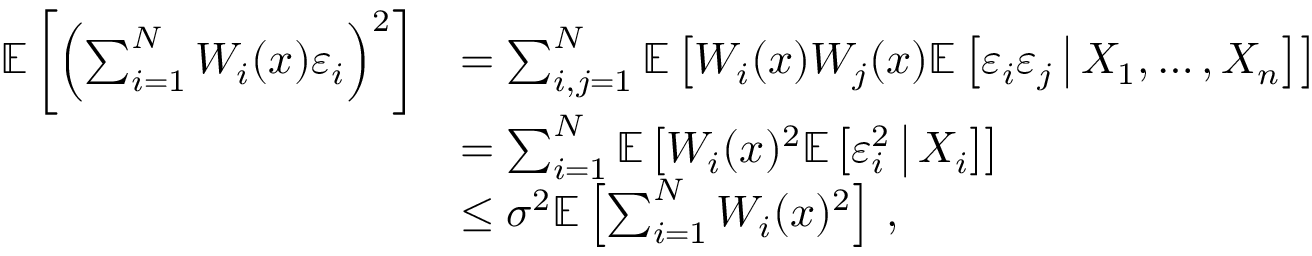
\begin{array} { r l } { \mathbb E \left[ \left( \sum _ { i = 1 } ^ { N } W _ { i } ( x ) \varepsilon _ { i } \right) ^ { 2 } \right] } & { = \sum _ { i , j = 1 } ^ { N } \mathbb E \left[ W _ { i } ( x ) W _ { j } ( x ) \mathbb E \left[ \varepsilon _ { i } \varepsilon _ { j } \, \big | \, X _ { 1 } , \dots , X _ { n } \right] \right] } \\ & { = \sum _ { i = 1 } ^ { N } \mathbb E \left[ W _ { i } ( x ) ^ { 2 } \mathbb E \left[ \varepsilon _ { i } ^ { 2 } \, \big | \, X _ { i } \right] \right] } \\ & { \leq \sigma ^ { 2 } \mathbb E \left[ \sum _ { i = 1 } ^ { N } W _ { i } ( x ) ^ { 2 } \right] \, , } \end{array}